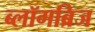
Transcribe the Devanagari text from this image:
ब्लॉगब्रिज